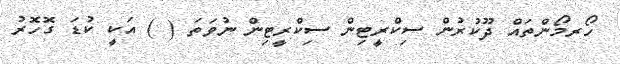
ހޯރމޯންތައް ދޫކުރުން ސިކްރީޓިން ސިކްރީޓިން ނުވަތަ ( ) އަކީ ކުޑަ ގޮހޮރު